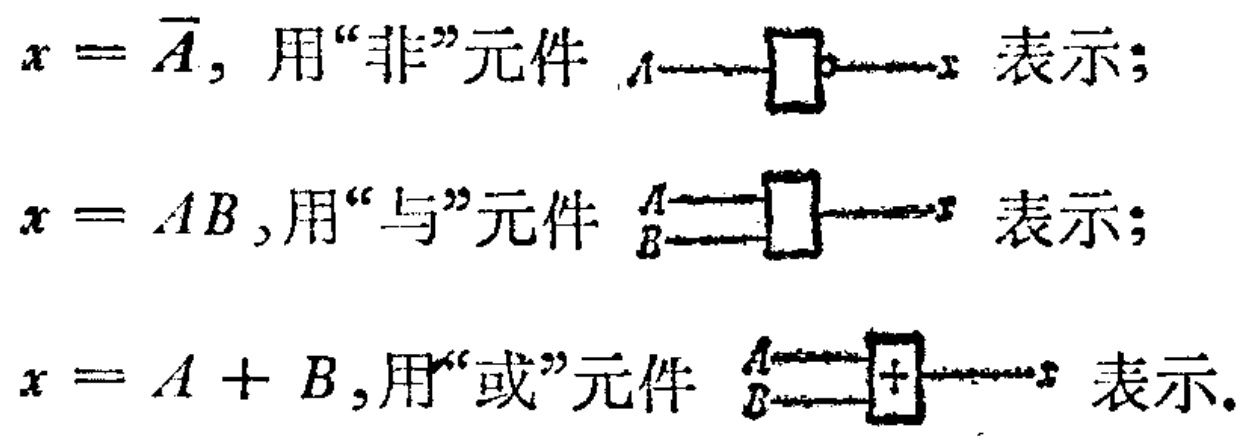
$x = \overline{A}$, 用“非”元件 $A\longrightarrow\square\circ\longrightarrow x$ 表示；

$x = AB$,用“与”元件 $\begin{matrix}A\\B\end{matrix}\Longrightarrow\square\longrightarrow x$ 表示；

$x = A + B$,用“或”元件 $\begin{matrix}A\\B\end{matrix}\Longrightarrow\boxed{+}\longrightarrow x$ 表示。